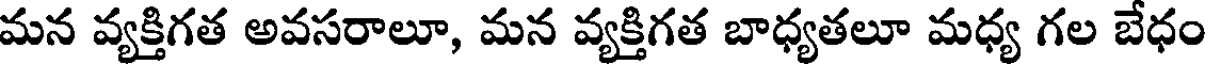
మన వ్యక్తిగత అవసరాలూ, మన వ్యక్తిగత బాధ్యతలూ మధ్య గల బేధం